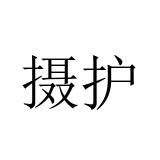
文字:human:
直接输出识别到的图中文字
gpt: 摄护